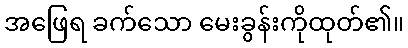
အဖြေရ ခက်သော မေးခွန်းကိုထုတ်၏။